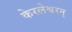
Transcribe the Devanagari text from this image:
केरलेश्वरन्